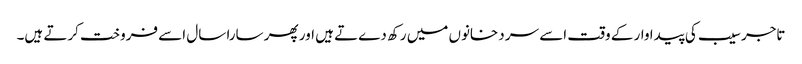
تاجر سیب کی پیدا وار کے وقت اسے سر دخانوں میں رکھ دےتے ہیں اور پھر سارا سال اسے فروخت کرتے ہیں۔